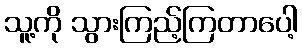
သူ့ကို သွားကြည့်ကြတာပေါ့